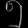
Digit: ၅